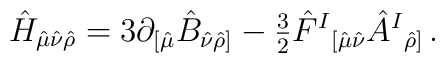
\hat{H}_{\hat{\mu}\hat{\nu}\hat{\rho}}= 3 \partial_{[\hat{\mu}}\hat{B}_{\hat{\nu}\hat{\rho}]}-{\textstyle\frac{3}{2}} \hat{F}^{I}{}_{[\hat{\mu}\hat{\nu}}\hat{A}^{I}{}_{\hat{\rho}]}\, .